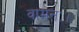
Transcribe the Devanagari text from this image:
वामनः।